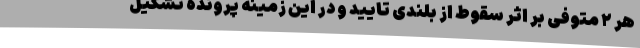
هر ۲ متوفی بر اثر سقوط از بلندی تایید و در این زمینه پرونده تشکیل